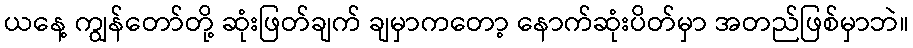
ယနေ့ ကျွန်တော်တို့ ဆုံးဖြတ်ချက် ချမှာကတော့ နောက်ဆုံးပိတ်မှာ အတည်ဖြစ်မှာဘဲ။